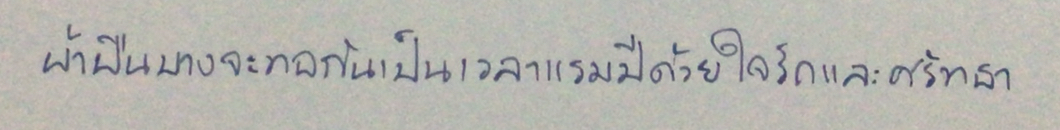
ผ้าบางผืนจะทอกันเป็นเวลาแรมปีด้วยใจรักและศรัทธา